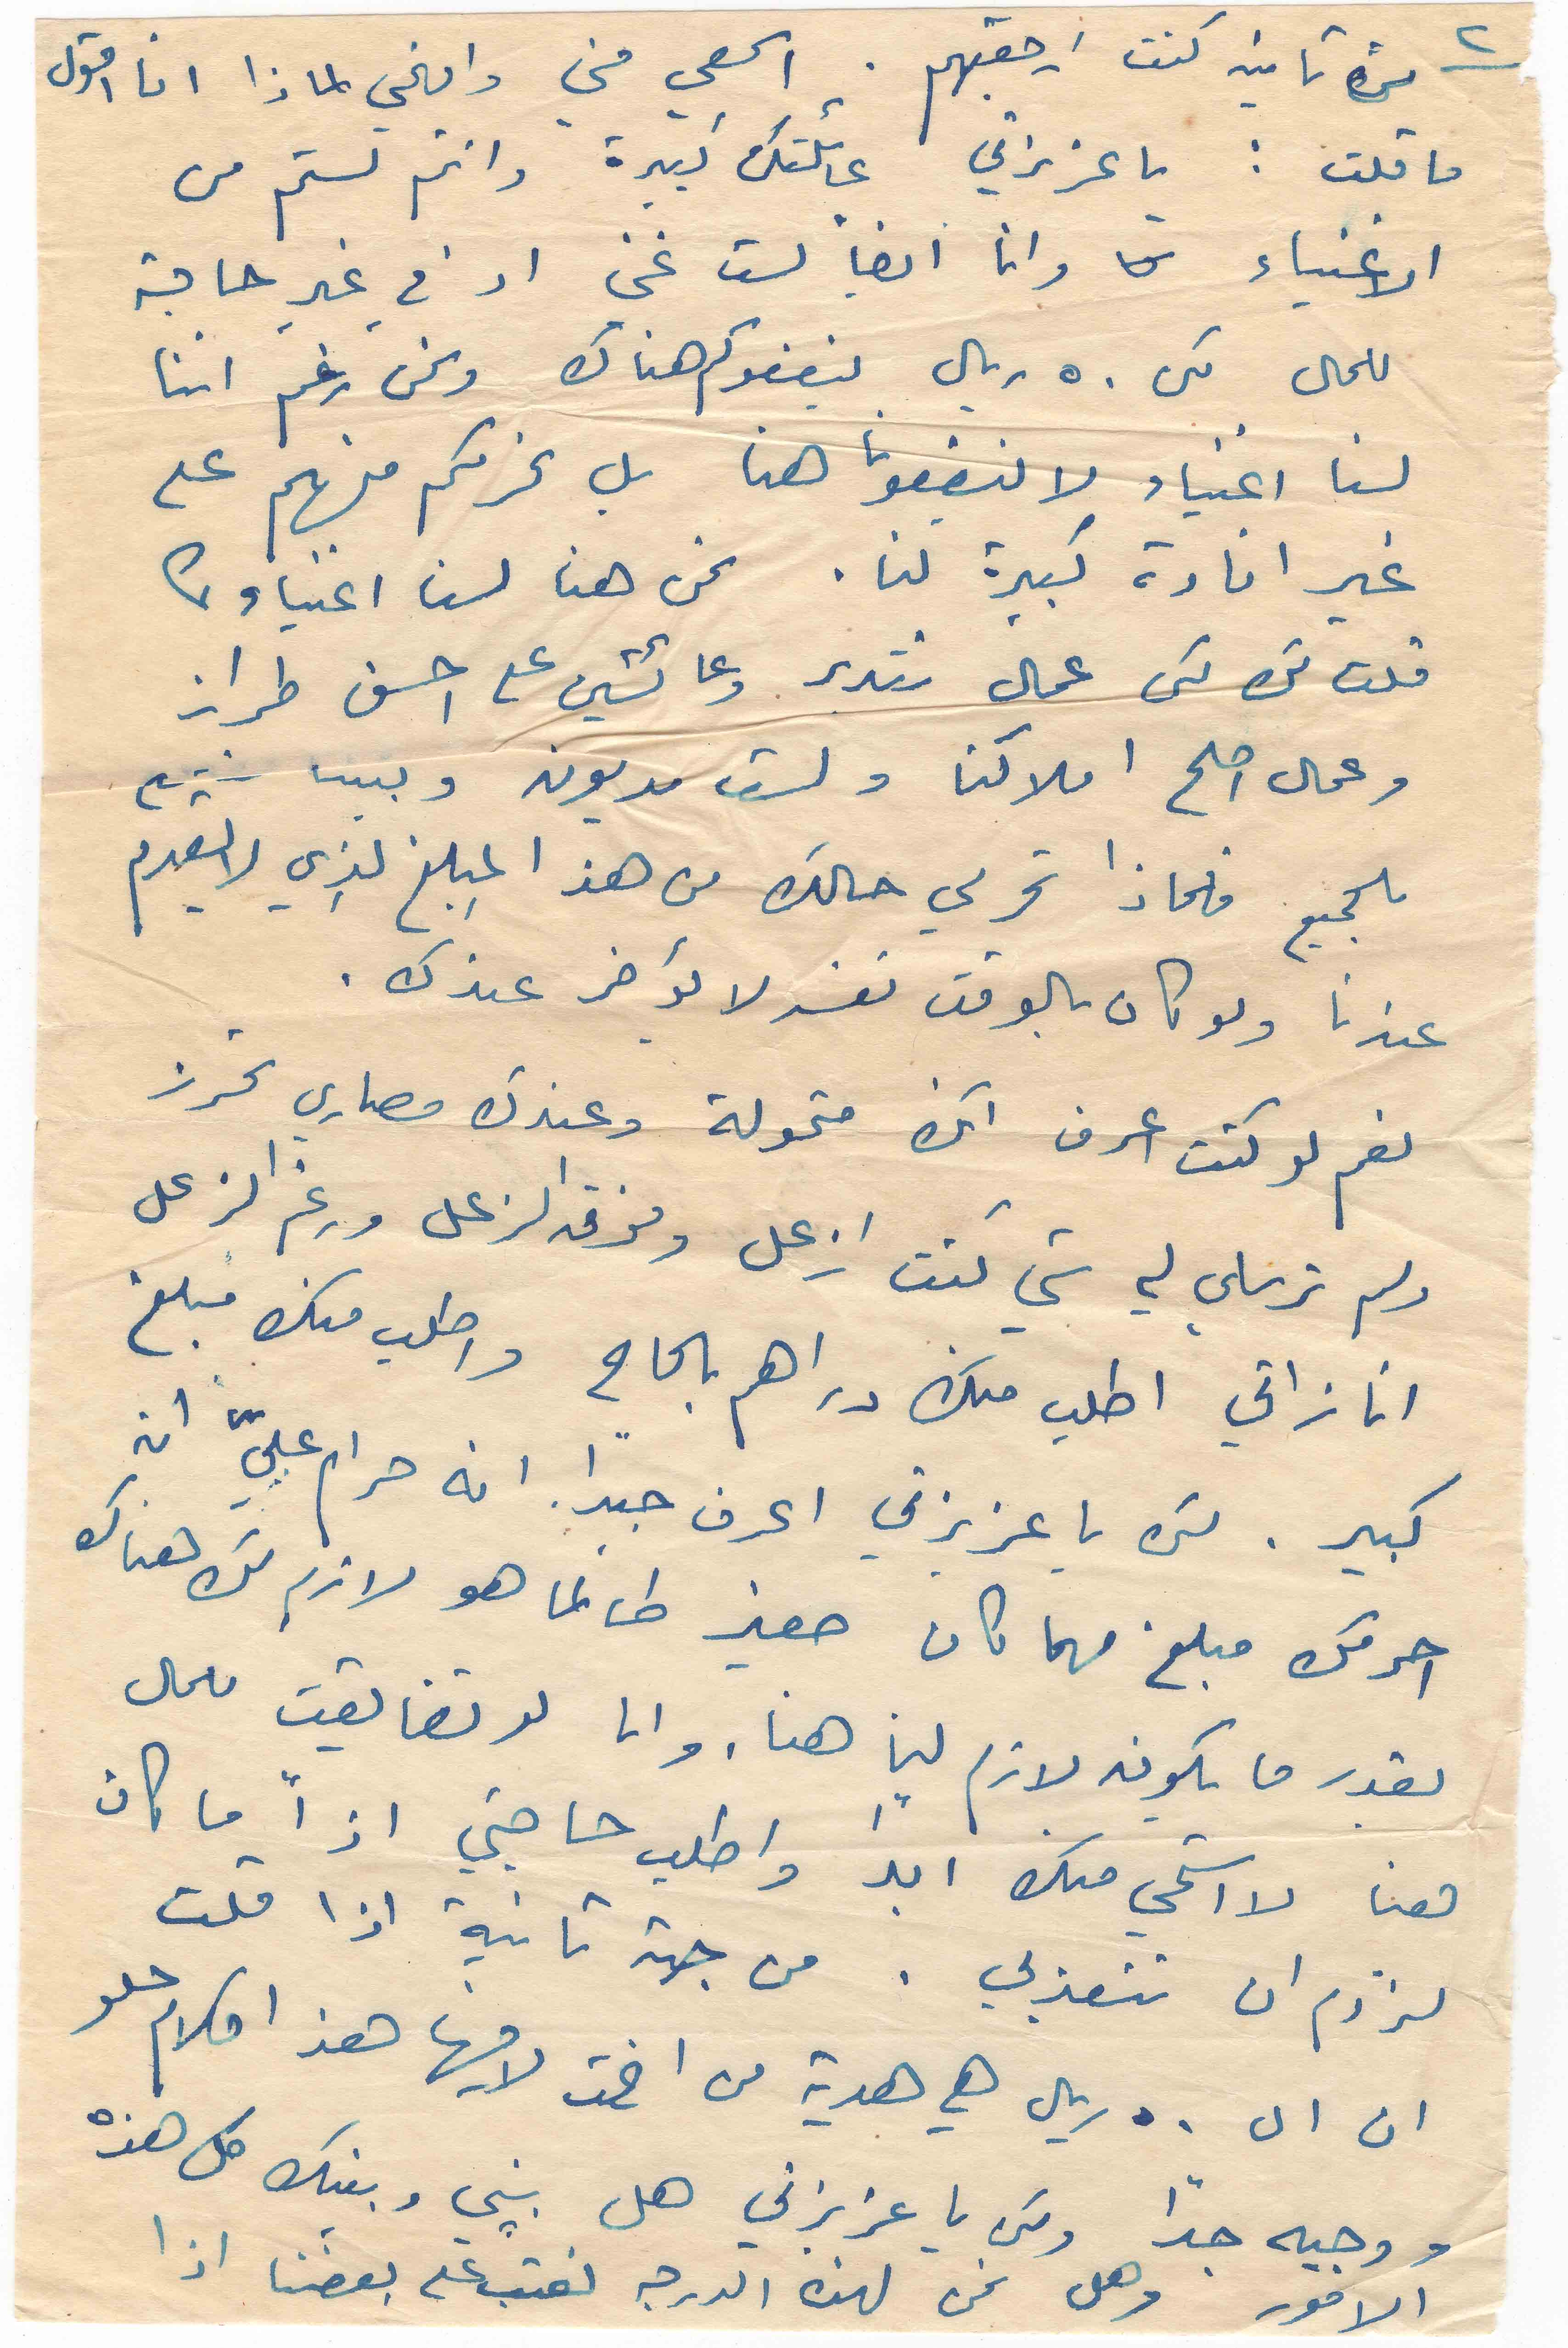
٢
مرة تانيه كنت ارجعتهم . اسمعي مني وافهمي لماذا انا اقول
ما قلت : يا عزيزتي عائلتك كبيرة وانتم لستم من
الاغنياء وانا ايضاً لست غني او في غير حاجة
للمال لكن ٥٠ ريال ينفعوكم هناك ونحن رغم اننا
لسنا اغنياء لا ينفعونا هنا بل نحرمكم منهم على
غير افادة كبيرة لنا . نحن هنا لسنا اغنياء كما
قلت لك لكن عمال تتدبر وعائشين على احسن طراز
وعمال اصلح املاكنا ولست مديون وبيتنا
للجميع فلماذا تحرمي حالك من هذا المبلغ الذي لا يقدم
عندنا ولو كان بالوقت نفسه لا يؤخر عندك .
نعم لو كنت اعرف انك متمولة وعندك مصاري تحرز
ولم ترسلي لي شي كنت ازعل وفوق الزعل ورغم الزعل
انا زاتي اطلب منك دراهم بالحاح واطب منك مبلغ
كبير. لكن يا عزيزتي اعرف جيداً انه حرام عليّ ان
احرمك مبلغ مهما كان صغير طالما هو لازم لك هناك
بقدر ما يكون لازم لنا هنا. وانا لو تضايقت للمال
هنا لا استحي منك ابداً واطلب حاجتي اذاً ما كان
لزوم ان تتعذبي . من جهة تانية اذا قلت
ان ال ٥٠ ريال هي هدية من اخت لاخيها هذا كلام حلو
ووجيه جداً ولكن يا عزيزتي هل بيني وبينك كل هذه
الامور وهل نحن لهذه الدرجة نعتب على بعضنا اذا